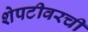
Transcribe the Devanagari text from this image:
शेपटीवरची